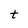
Character: t